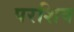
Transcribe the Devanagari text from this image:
परशिव